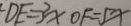
D E = 3 x O F = 5 x